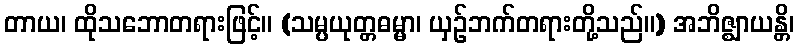
တာယ၊ ထိုသဘောတရားဖြင့်။ (သမ္ပယုတ္တဓမ္မာ၊ ယှဉ်ဘက်တရားတို့သည်။) အဘိဇ္ဈာယန္တိ၊